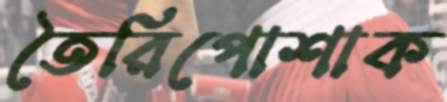
তৈরিপোশাক